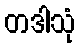
တဒါသုံ